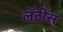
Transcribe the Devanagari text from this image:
लॅटीस